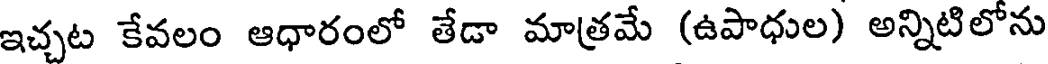
ఇచ్చట కేవలం ఆధారంలో తేడా మాత్రమే (ఉపాధుల) అన్నిటిలోను